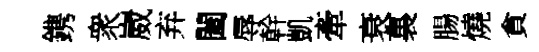
鎸衆崴弃闔辱幹凱牽衰裏腸燒貪